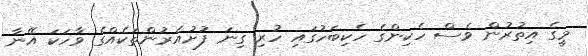
މީގެ އިތުރުން ވެސް ހެކިންގެ ހެކިބަހުގައި ހުރި ގިނަ ފުށުއެރުންތަކެއްގެ ވާހަކަ އޭނާ